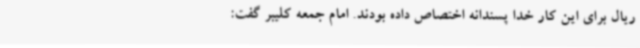
ریال برای این کار خدا پسندانه اختصاص داده بودند. امام جمعه کلیبر گفت: